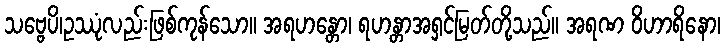
သဗ္ဗေပိ၊ဥဿုံလည်းဖြစ်ကုန်သော။ အရဟန္တော၊ ရဟန္တာအရှင်မြတ်တို့သည်။ အရဏ ဝိဟာရိနော၊